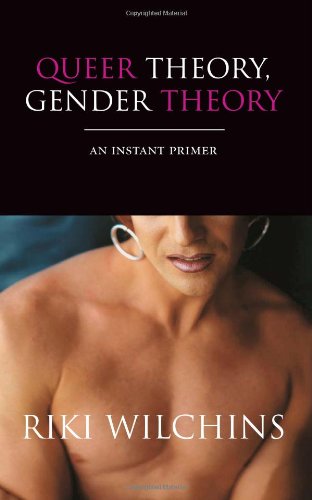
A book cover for Queer Theory, Gender Theory: An Instant Primer; Riki Wilchins; Gay & Lesbian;